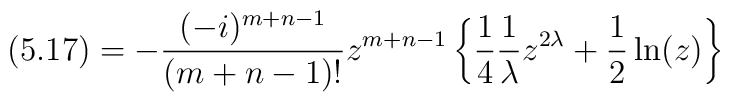
(5.17)=-\frac {(-i)^{m+n-1}} {(m+n-1)!} z^{m+n-1}\left\{\frac {1} {4}\frac {1} {\lambda} z^{2\lambda} +\frac {1} {2}\ln(z)\right\}